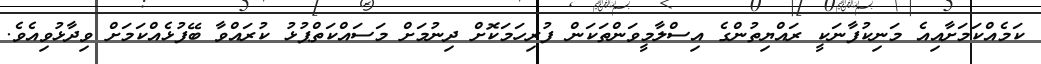
ކަމެއްކަމަށާއިއެ މަނިކުފާނަކީ ރައްޔިތުންގެ އިސްލާމީވަންތަކަން ފުރިހަމަކޮށް ދިނުމަށް މަސައްކަތްޕުޅު ކުރައްވާ ބޭފުޅެއްކަމަށް ވިދާޅުވިއެވެ.